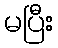
မပြီး